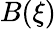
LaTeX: B(\xi)